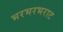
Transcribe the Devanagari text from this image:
भरभरभराट